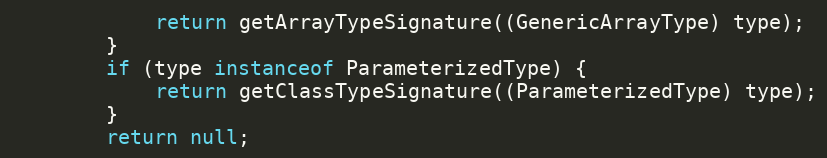
Language: Java
			return getArrayTypeSignature((GenericArrayType) type);
		}
		if (type instanceof ParameterizedType) {
			return getClassTypeSignature((ParameterizedType) type);
		}
		return null;